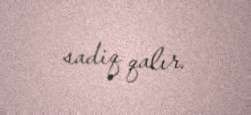
sadiq qalır.